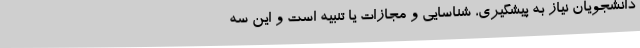
دانشجویان نیاز به پیشگیری، شناسایی و مجازات یا تنبیه است و این سه